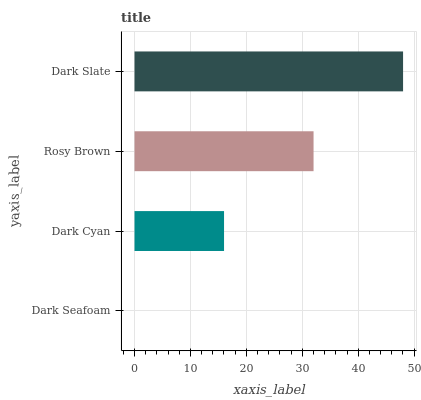
| yaxis_label | bars |
 | --- | --- |
 | Dark Seafoam | 0 |
 | Dark Cyan | 16 |
 | Rosy Brown | 32 |
 | Dark Slate | 48 |